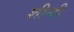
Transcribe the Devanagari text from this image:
शीन्टी